Lunatic asylums Bombay report 1891-1903 - 1891-1903
Year: 1891
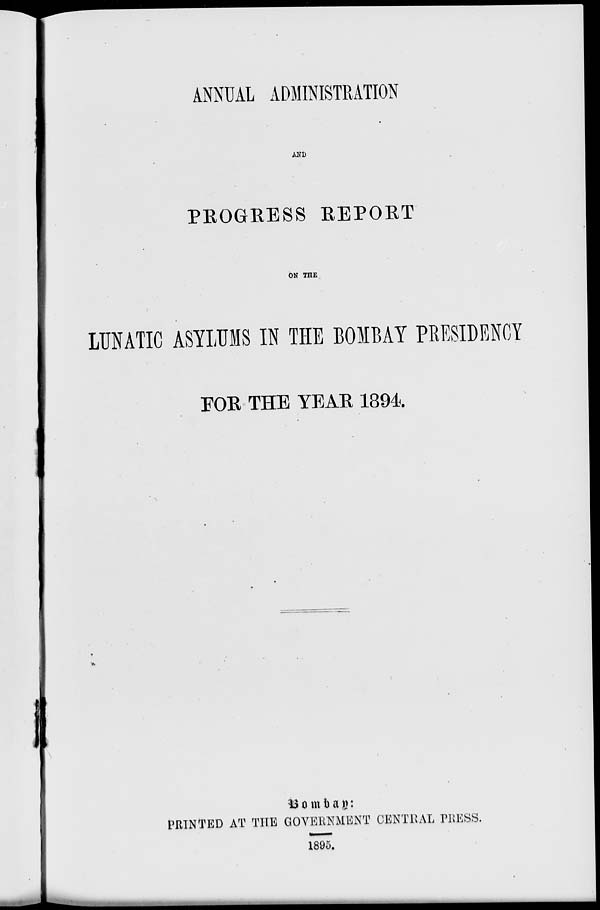
ANNUAL ADMINISTRATION
AND
PEOGRESS REPORT
ON THE
LUNATIC ASYLUMS IN THE BOMBAY PRESIDENCY
FOR THE YEAR 1894.
Bombay:
PRINTED AT THE GOVERNMENT CENTRAL PRESS.
1895.